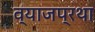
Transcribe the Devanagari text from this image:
व्याजप्रथा